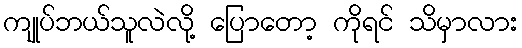
ကျုပ်ဘယ်သူလဲလို့ ပြောတော့ ကိုရင် သိမှာလား